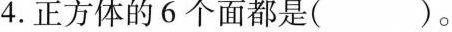
4.正方体的6个面都是()。